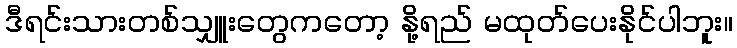
ဒီရင်းသားတစ်သျှူးတွေကတော့ နို့ရည် မထုတ်ပေးနိုင်ပါဘူး။